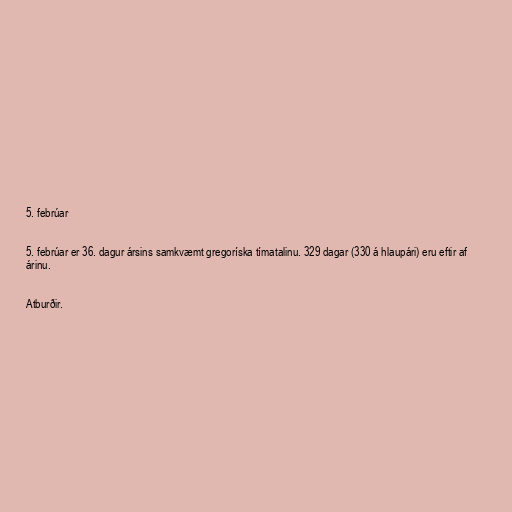
5. febrúar

5. febrúar er 36. dagur ársins samkvæmt gregoríska tímatalinu. 329 dagar (330 á hlaupári) eru eftir af
árinu.

Atburðir.